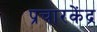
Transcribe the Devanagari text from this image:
प्रचारकेंद्र